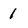
Character: 1